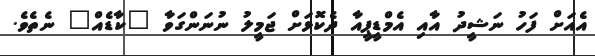
އެއަށް ފަހު ނަޝީދު އާއި އެމްޑީޕީއާ ދެކޮޅަށް ޖަމީލު ނުނަންގަވާ "ކާޑެއް" ނެތެވެ.